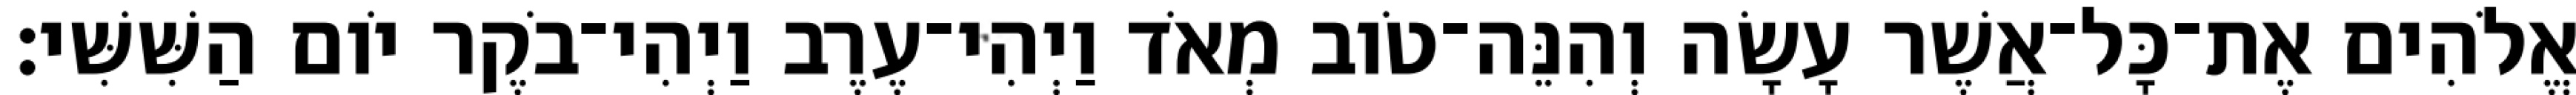
אֱלֹהִים אֶת־כָּל־אֲשֶׁר עָשָׂה וְהִנֵּה־טֹוב מְאֹד וַיְהִי־עֶרֶב וַיְהִי־בֹקֶר יֹום הַשִּׁשִּׁי׃